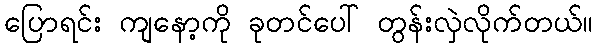
ပြောရင်း ကျနော့ကို ခုတင်ပေါ် တွန်းလှဲလိုက်တယ်။